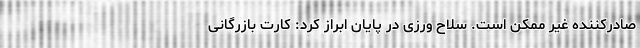
صادرکننده غیر ممکن است. سلاح ورزی در پایان ابراز کرد: کارت بازرگانی